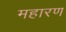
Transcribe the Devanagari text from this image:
महारण